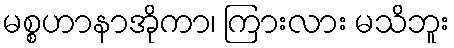
မစ္စဟာနာအိုကာ၊ ကြားလား မသိဘူး